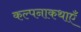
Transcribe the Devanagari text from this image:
कल्पनाकथाएँ